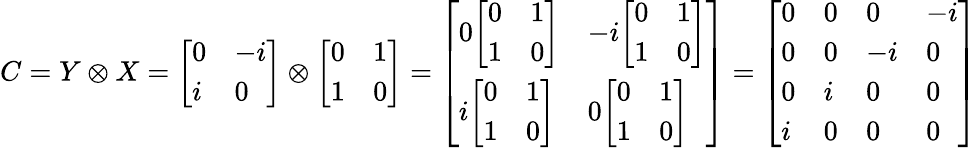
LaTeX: C=Y\otimes X={\left[\begin{array}{ll}{0}&{-i}\\ {i}&{0}\end{array}\right]}\otimes{\left[\begin{array}{ll}{0}&{1}\\ {1}&{0}\end{array}\right]}={\left[\begin{array}{ll}{0{\left[\begin{array}{ll}{0}&{1}\\ {1}&{0}\end{array}\right]}}&{-i{\left[\begin{array}{ll}{0}&{1}\\ {1}&{0}\end{array}\right]}}\\ {i{\left[\begin{array}{ll}{0}&{1}\\ {1}&{0}\end{array}\right]}}&{0{\left[\begin{array}{ll}{0}&{1}\\ {1}&{0}\end{array}\right]}}\end{array}\right]}={\left[\begin{array}{llll}{0}&{0}&{0}&{-i}\\ {0}&{0}&{-i}&{0}\\ {0}&{i}&{0}&{0}\\ {i}&{0}&{0}&{0}\end{array}\right]}